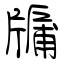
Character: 牖